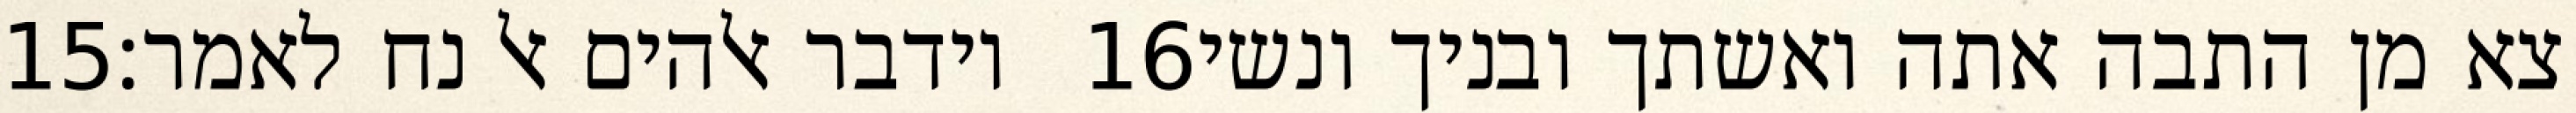
‎15‏ וידבר אלהים אל נח לאמר׃ ‎16‏ צא מן התבה אתה ואשתך ובניך ונשי